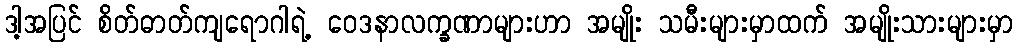
ဒါ့အပြင် စိတ်ဓာတ်ကျရောဂါရဲ့ ဝေဒနာလက္ခဏာများဟာ အမျိုး သမီးများမှာထက် အမျိုးသားများမှာ